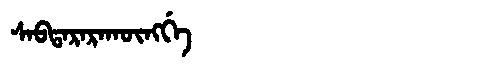
Manchu: ᠰᠠᠪᡨᠠᡵᠠᡵᠠᡴᡡᠩᡤᡝ
Romanization: SABTARARAKŪNGGE